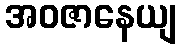
အဝဇာနေယျ